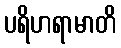
ပရိဟရာမာတိ